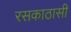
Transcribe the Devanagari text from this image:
रसकाठासी